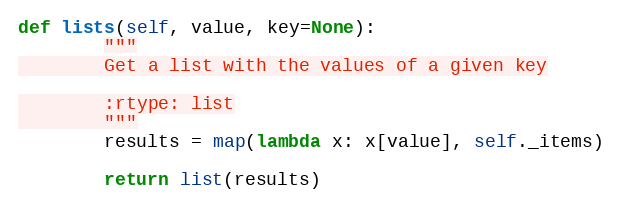
Language: Python
def lists(self, value, key=None):
        """
        Get a list with the values of a given key

        :rtype: list
        """
        results = map(lambda x: x[value], self._items)

        return list(results)